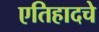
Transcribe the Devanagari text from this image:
एतिहादचे